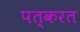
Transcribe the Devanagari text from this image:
पत्करत